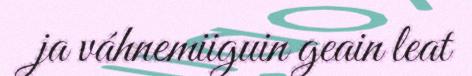
ja váhnemiiguin geain leat